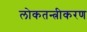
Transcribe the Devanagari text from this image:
लोकतन्‍त्रीकरण